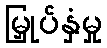
မြှုပ်နှံမှု